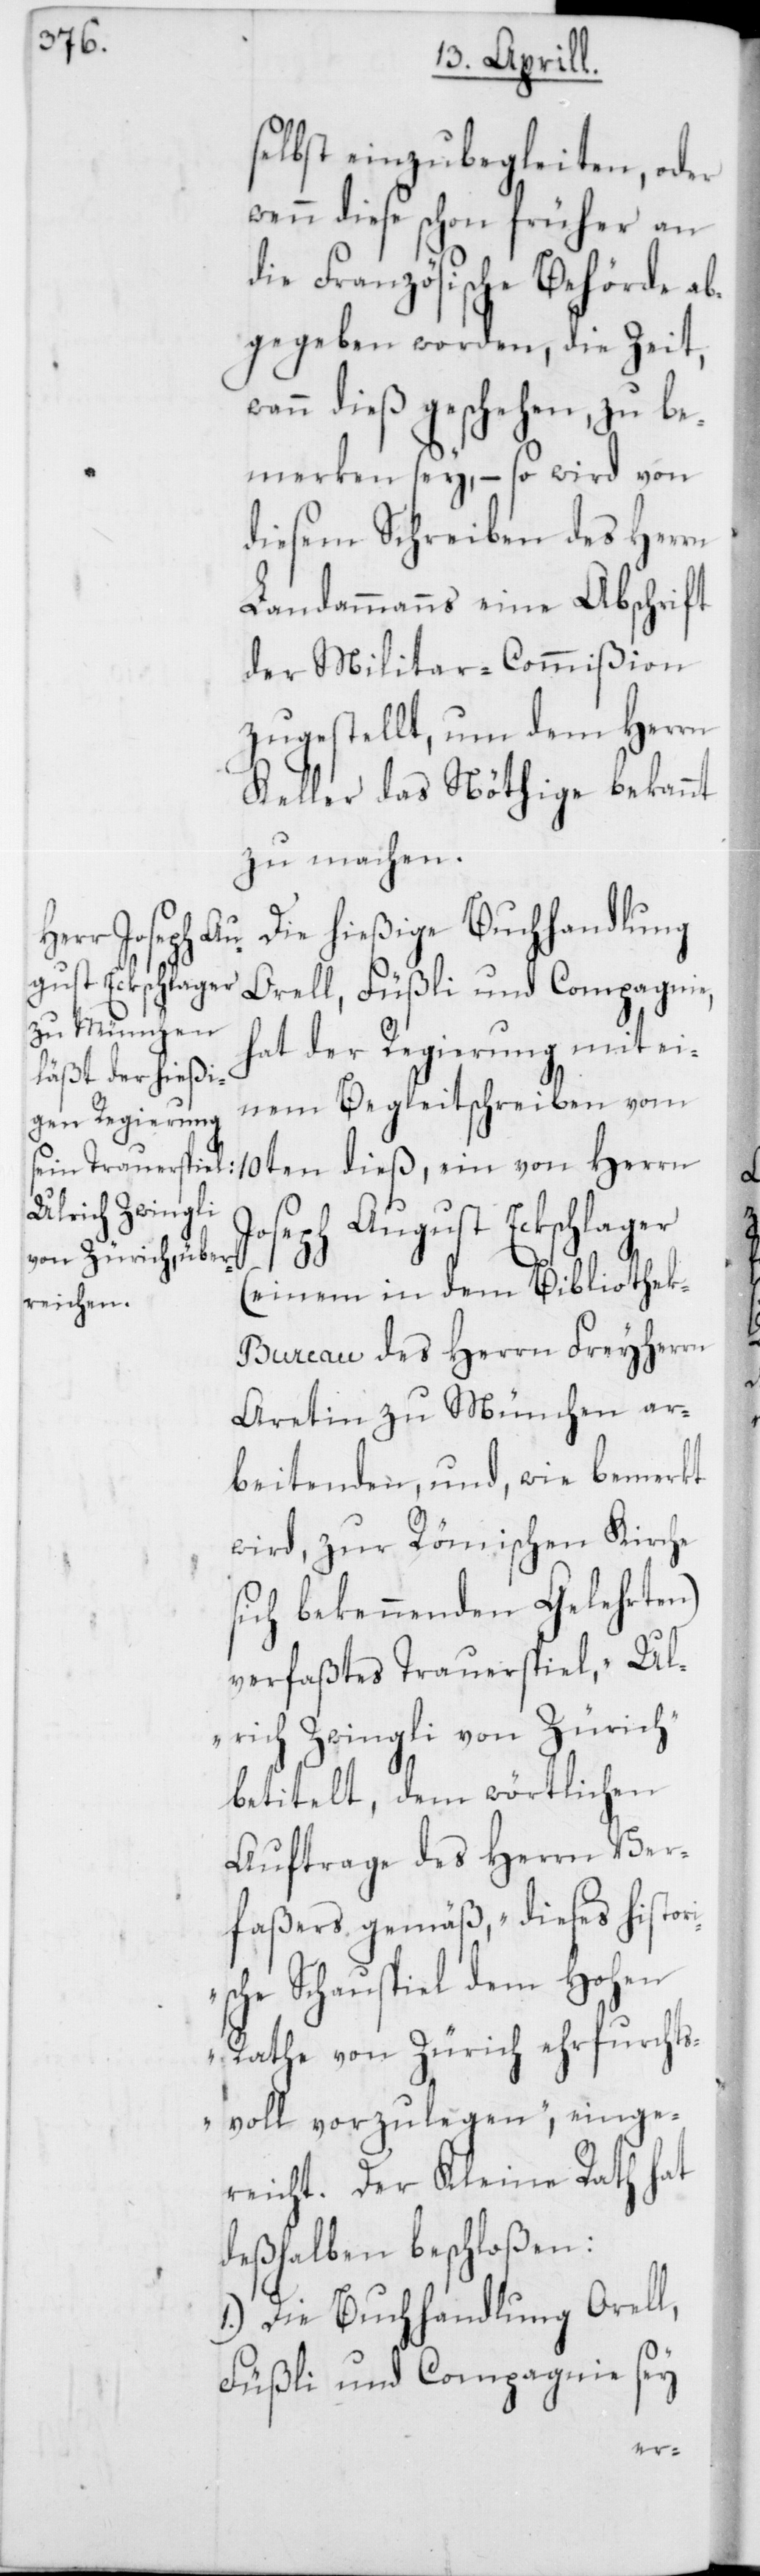
selbst einzubegleiten, oder
wenn diese schon früher an
die Französische Behörde ab¬
gegeben worden, die Zeit,
wann dieß geschehen, zu be¬
merken sey, – so wird von
diesem Schreiben des Herrn
Landammanns eine Abschrift
der Militar-Commißion
zugestellt, um dem Herrn
Keller das Nöthige bekannt
zu machen.
Die hießige Buchhandlung
Orell, Füßli und Compagnie,
hat der Regierung mit ei¬
nem Begleitschreiben vom
10ten dieß, ein von Herrn
Joseph August Eckschlager
(einem in dem Bibliothe¬
k-Bureau des Herrn Freyherrn
Aretin zu München ar¬
beitenden, und, wie bemerkt
wird, zur Römischen Kirche
sich bekennenden Gelehrten)
verfaßtes Trauerspiel, „Ul¬
rich Zwingli von Zürich“
betitelt, dem wörtlichen
Auftrage des Herrn Ver¬
faßers gemäß, „dieses histor¬
ische Schauspiel dem Hohen
Rathe von Zürich ehrfurchts¬
voll vorzulegen“, einge¬
reicht. Der Kleine Rath hat
deßhalben beschloßen:
1.) Die Buchhandlung Orell,
Füßli und Compagnie sey